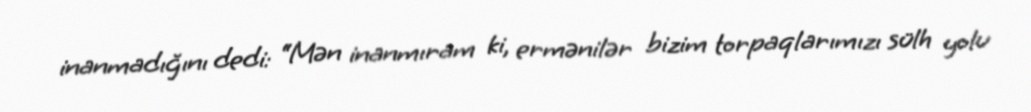
inanmadığını dedi: “Mən inanmıram ki, ermənilər bizim torpaqlarımızı sülh yolu